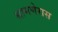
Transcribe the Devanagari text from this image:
श्रामणेरास